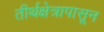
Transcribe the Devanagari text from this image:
तीर्थक्षेत्रापासून